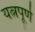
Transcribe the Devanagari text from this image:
यत्नपूर्ण